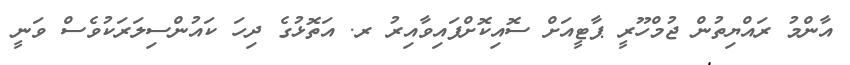
އާންމު ރައްޔިތުން ޖުމްހޫރީ ޕާޓީއަށް ސޮއިކޮށްފައިވާއިރު ރ. އަތޮޅުގެ ދިހަ ކައުންސިލަރަކުވެސް ވަނީ